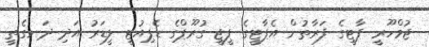
ޖުމްހޫރީ ޕާޓީގެ ފަރާތުން އެޕާޓީގެ ޕީޖީ ގުރޫޕްގެ ޑެޕިއުޓީ ލީޑަރު އަދި ދަނގެތީ